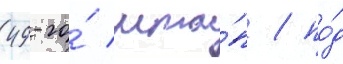
49-го́ мта́п / по́д